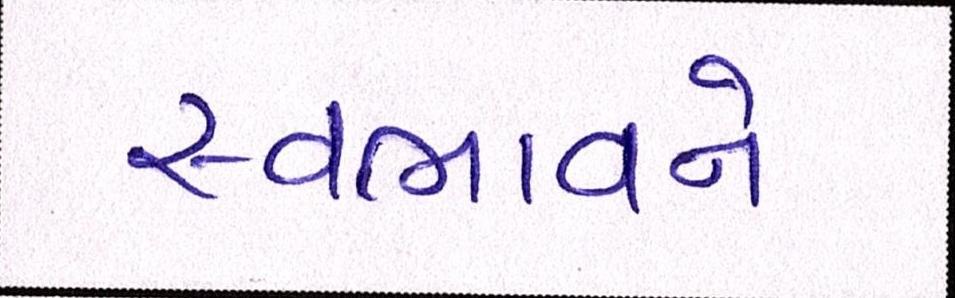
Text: સ્વભાવને